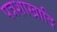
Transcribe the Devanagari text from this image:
पत्रशाखादि